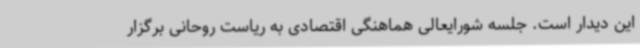
این دیدار است. جلسه شورایعالی هماهنگی اقتصادی به ریاست روحانی برگزار